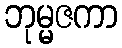
ဘုမ္မဇကာ